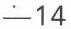
-14